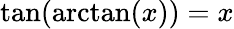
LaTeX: \tan(\arctan(x))=x